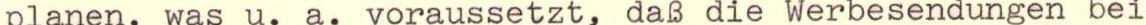
planen, was u. a. voraussetzt, daß die Werbesendungen bei